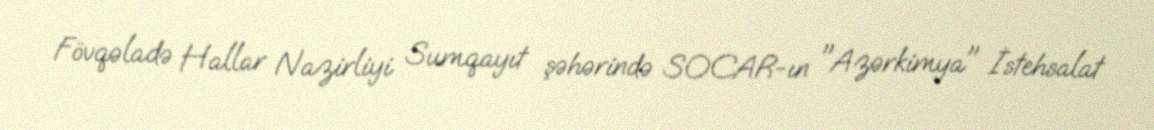
Fövqəladə Hallar Nazirliyi Sumqayıt şəhərində SOCAR-ın "Azərkimya" İstehsalat